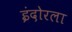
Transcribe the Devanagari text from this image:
इंदोरला